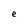
Character: e